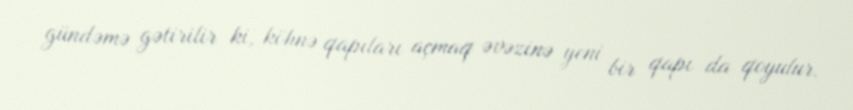
gündəmə gətirilir ki, köhnə qapıları açmaq əvəzinə yeni bir qapı da qoyulur.